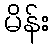
မိန်း